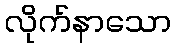
လိုက်နာသော